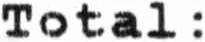
TOTAL :